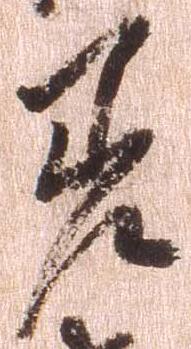
差